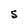
Character: S